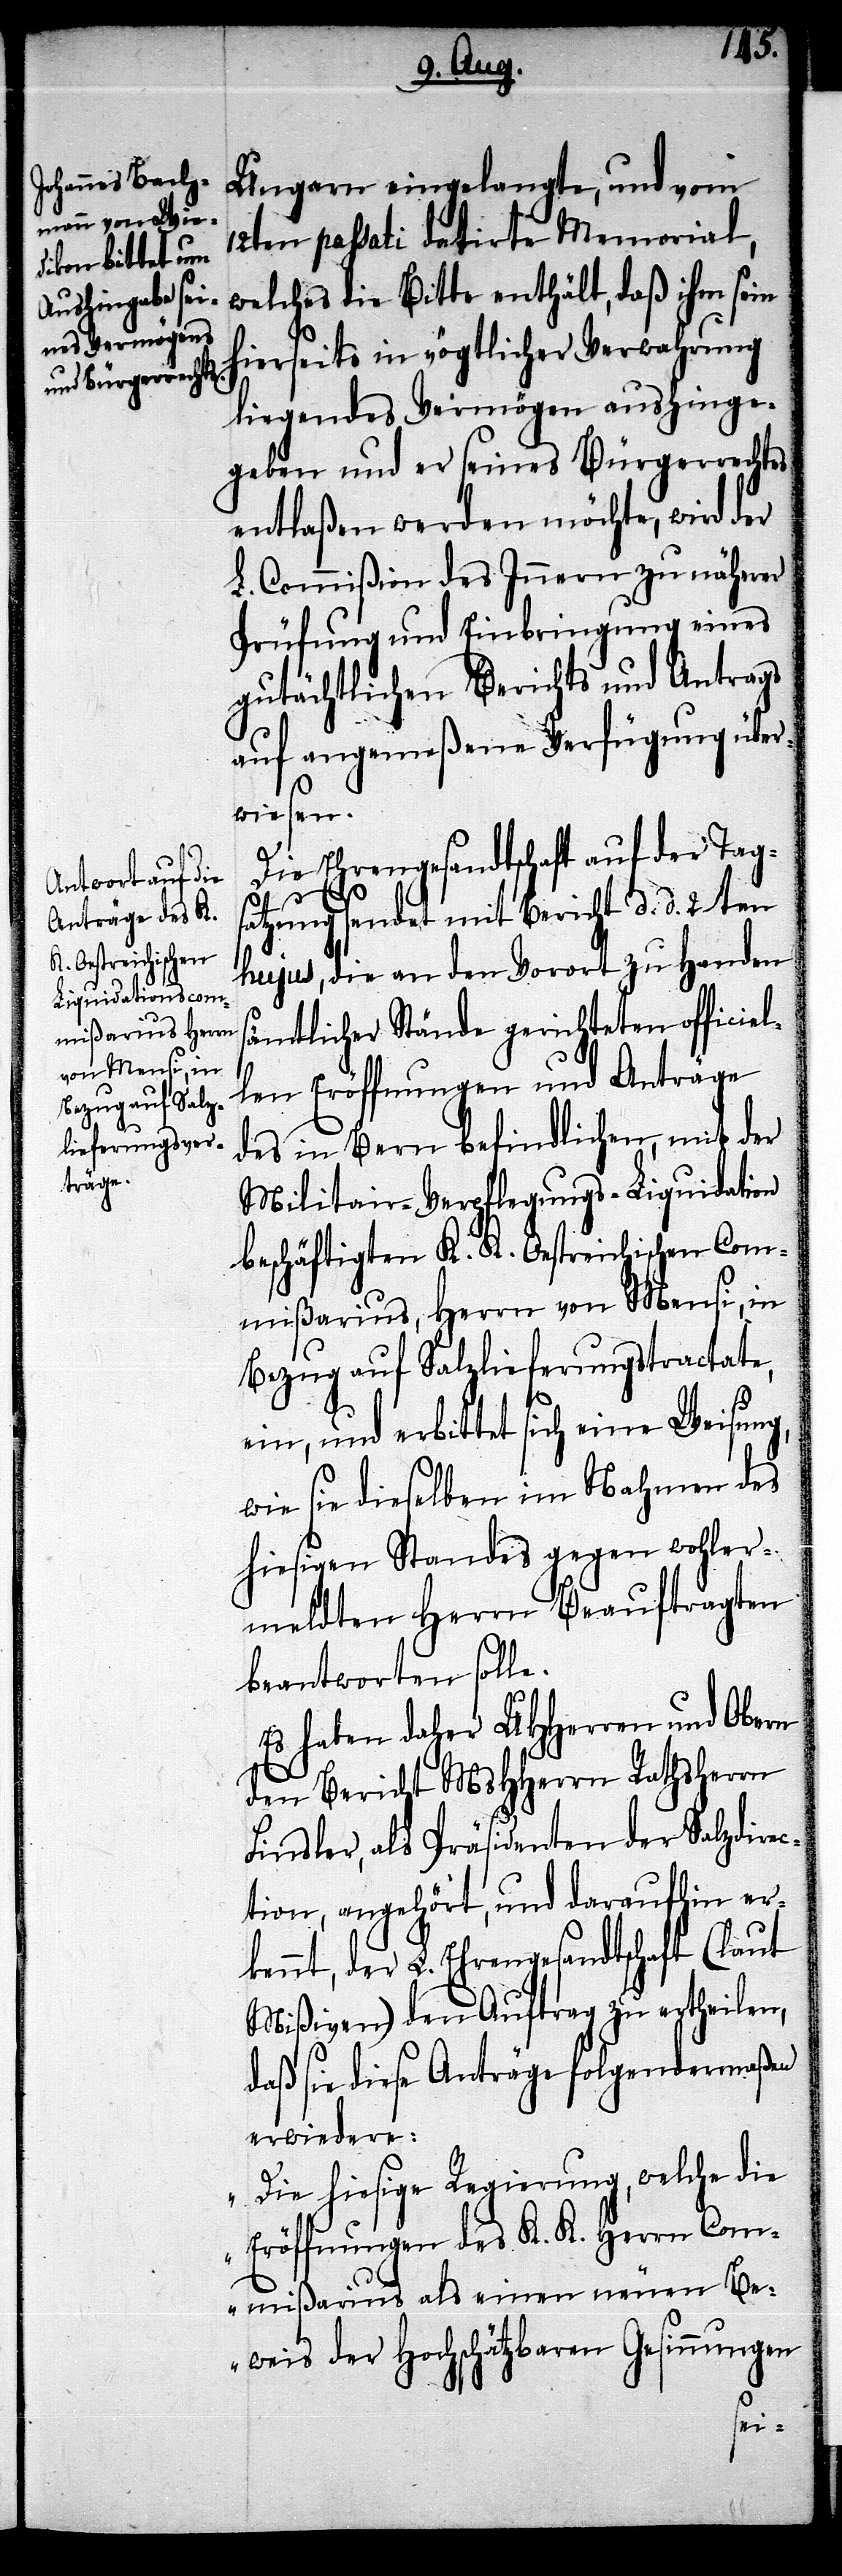
Ungarn eingelangte, und vom
12ten passati datirte Memorial,
welches die Bitte enthält, daß ihm sein
hierseits in vögtlicher Verwahrung
liegendes Vermögen aushinge¬
geben und er seines Bürgerrechtes
entlaßen werden möchte, wird der
L. Commißion des Innern zu näherer
Prüfung und Einbringung eines
gutächtlichen Berichts und Antrags
auf angemeßene Verfügung über¬
wiesen.
Die Ehrengesandtschaft auf der Tags¬
atzung sendet mit Bericht d. d. 2ten
hujus, die an den Vorort zu Handen
sämtlicher Stände gerichteten officiel¬
len Eröffnungen und Anträge
des in Bern befindlichen, mit der
Militair-Verpflegungs-Liquidation
beschäftigten K. K. Oestreichischen Com¬
mißarius, Herrn von Mensi, in
Bezug auf Salzlieferungstractate,
ein, und erbittet sich eine Weisung,
wie sie dieselben im Nahmen des
hiesigen Standes gegen wohler¬
meldten Herrn Beauftragten
beantworten solle.
Es haben daher UHHerren und Obern
den Bericht MsHHerrn Rathsherrn
Finsler, als Präsidenten der Salzdirec¬
tion, angehört, und daraufhin er¬
kennt, der L. Ehrengesandtschaft (laut
Mißiven) den Auftrag zu ertheilen,
daß sie diese Anträge folgendermaßen
erwiedere:
„Die hiesige Regierung, welche die
Eröffnungen des K. K. Herrn Comm¬
ißarius als einen neuen Be¬
weis der Hochschätzbaren Gesinnungen